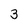
Character: 3